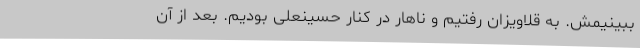
ببینیمش. به قلاویزان رفتیم و ناهار در کنار حسینعلی بودیم. بعد از آن